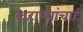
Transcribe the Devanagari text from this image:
कहाण्यांचाही